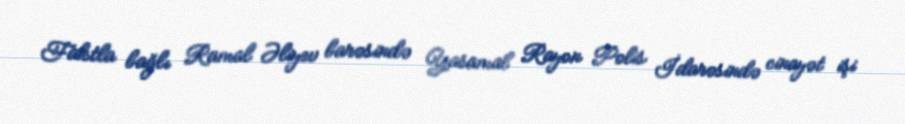
Faktla bağlı Ramal Əliyev barəsində Yasamal Rayon Polis İdarəsində cinayət işi